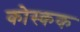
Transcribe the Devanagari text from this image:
कोस्कक